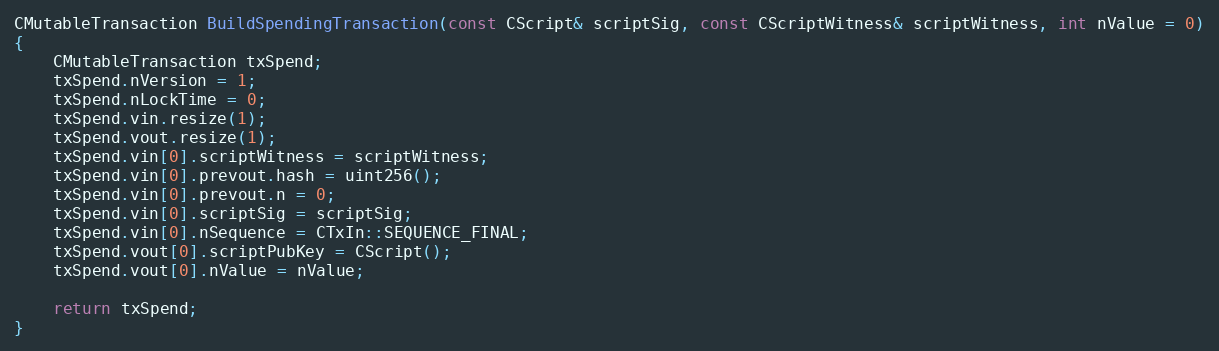
Language: C++
CMutableTransaction BuildSpendingTransaction(const CScript& scriptSig, const CScriptWitness& scriptWitness, int nValue = 0)
{
    CMutableTransaction txSpend;
    txSpend.nVersion = 1;
    txSpend.nLockTime = 0;
    txSpend.vin.resize(1);
    txSpend.vout.resize(1);
    txSpend.vin[0].scriptWitness = scriptWitness;
    txSpend.vin[0].prevout.hash = uint256();
    txSpend.vin[0].prevout.n = 0;
    txSpend.vin[0].scriptSig = scriptSig;
    txSpend.vin[0].nSequence = CTxIn::SEQUENCE_FINAL;
    txSpend.vout[0].scriptPubKey = CScript();
    txSpend.vout[0].nValue = nValue;

    return txSpend;
}